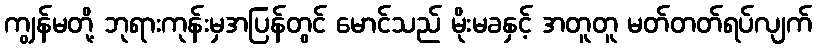
ကျွန်မတို့ ဘုရားကုန်းမှအပြန်တွင် မောင်သည် မိုးမခနှင့် အတူတူ မတ်တတ်ရပ်လျက်